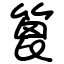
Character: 篦